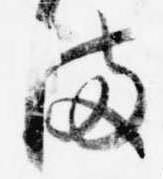
ま